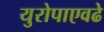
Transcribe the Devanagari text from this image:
युरोपाएवढे